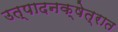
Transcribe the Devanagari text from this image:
उत्पादनक्षेत्रात